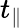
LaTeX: t_{\parallel}